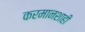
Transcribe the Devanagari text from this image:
करमानशाही